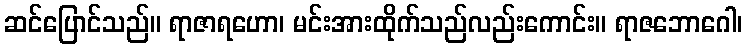
ဆင်ပြောင်သည်။ ရာဇာရဟော၊ မင်းအားထိုက်သည်လည်းကောင်း။ ရာဇဘောဂေါ၊